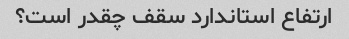
ارتفاع استاندارد سقف چقدر است؟